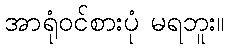
အာရုံဝင်စားပုံ မရဘူး။